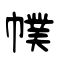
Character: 幞